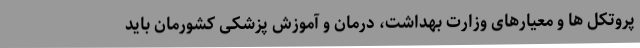
پروتکل ها و معیارهای وزارت بهداشت، درمان و آموزش پزشکی کشورمان باید